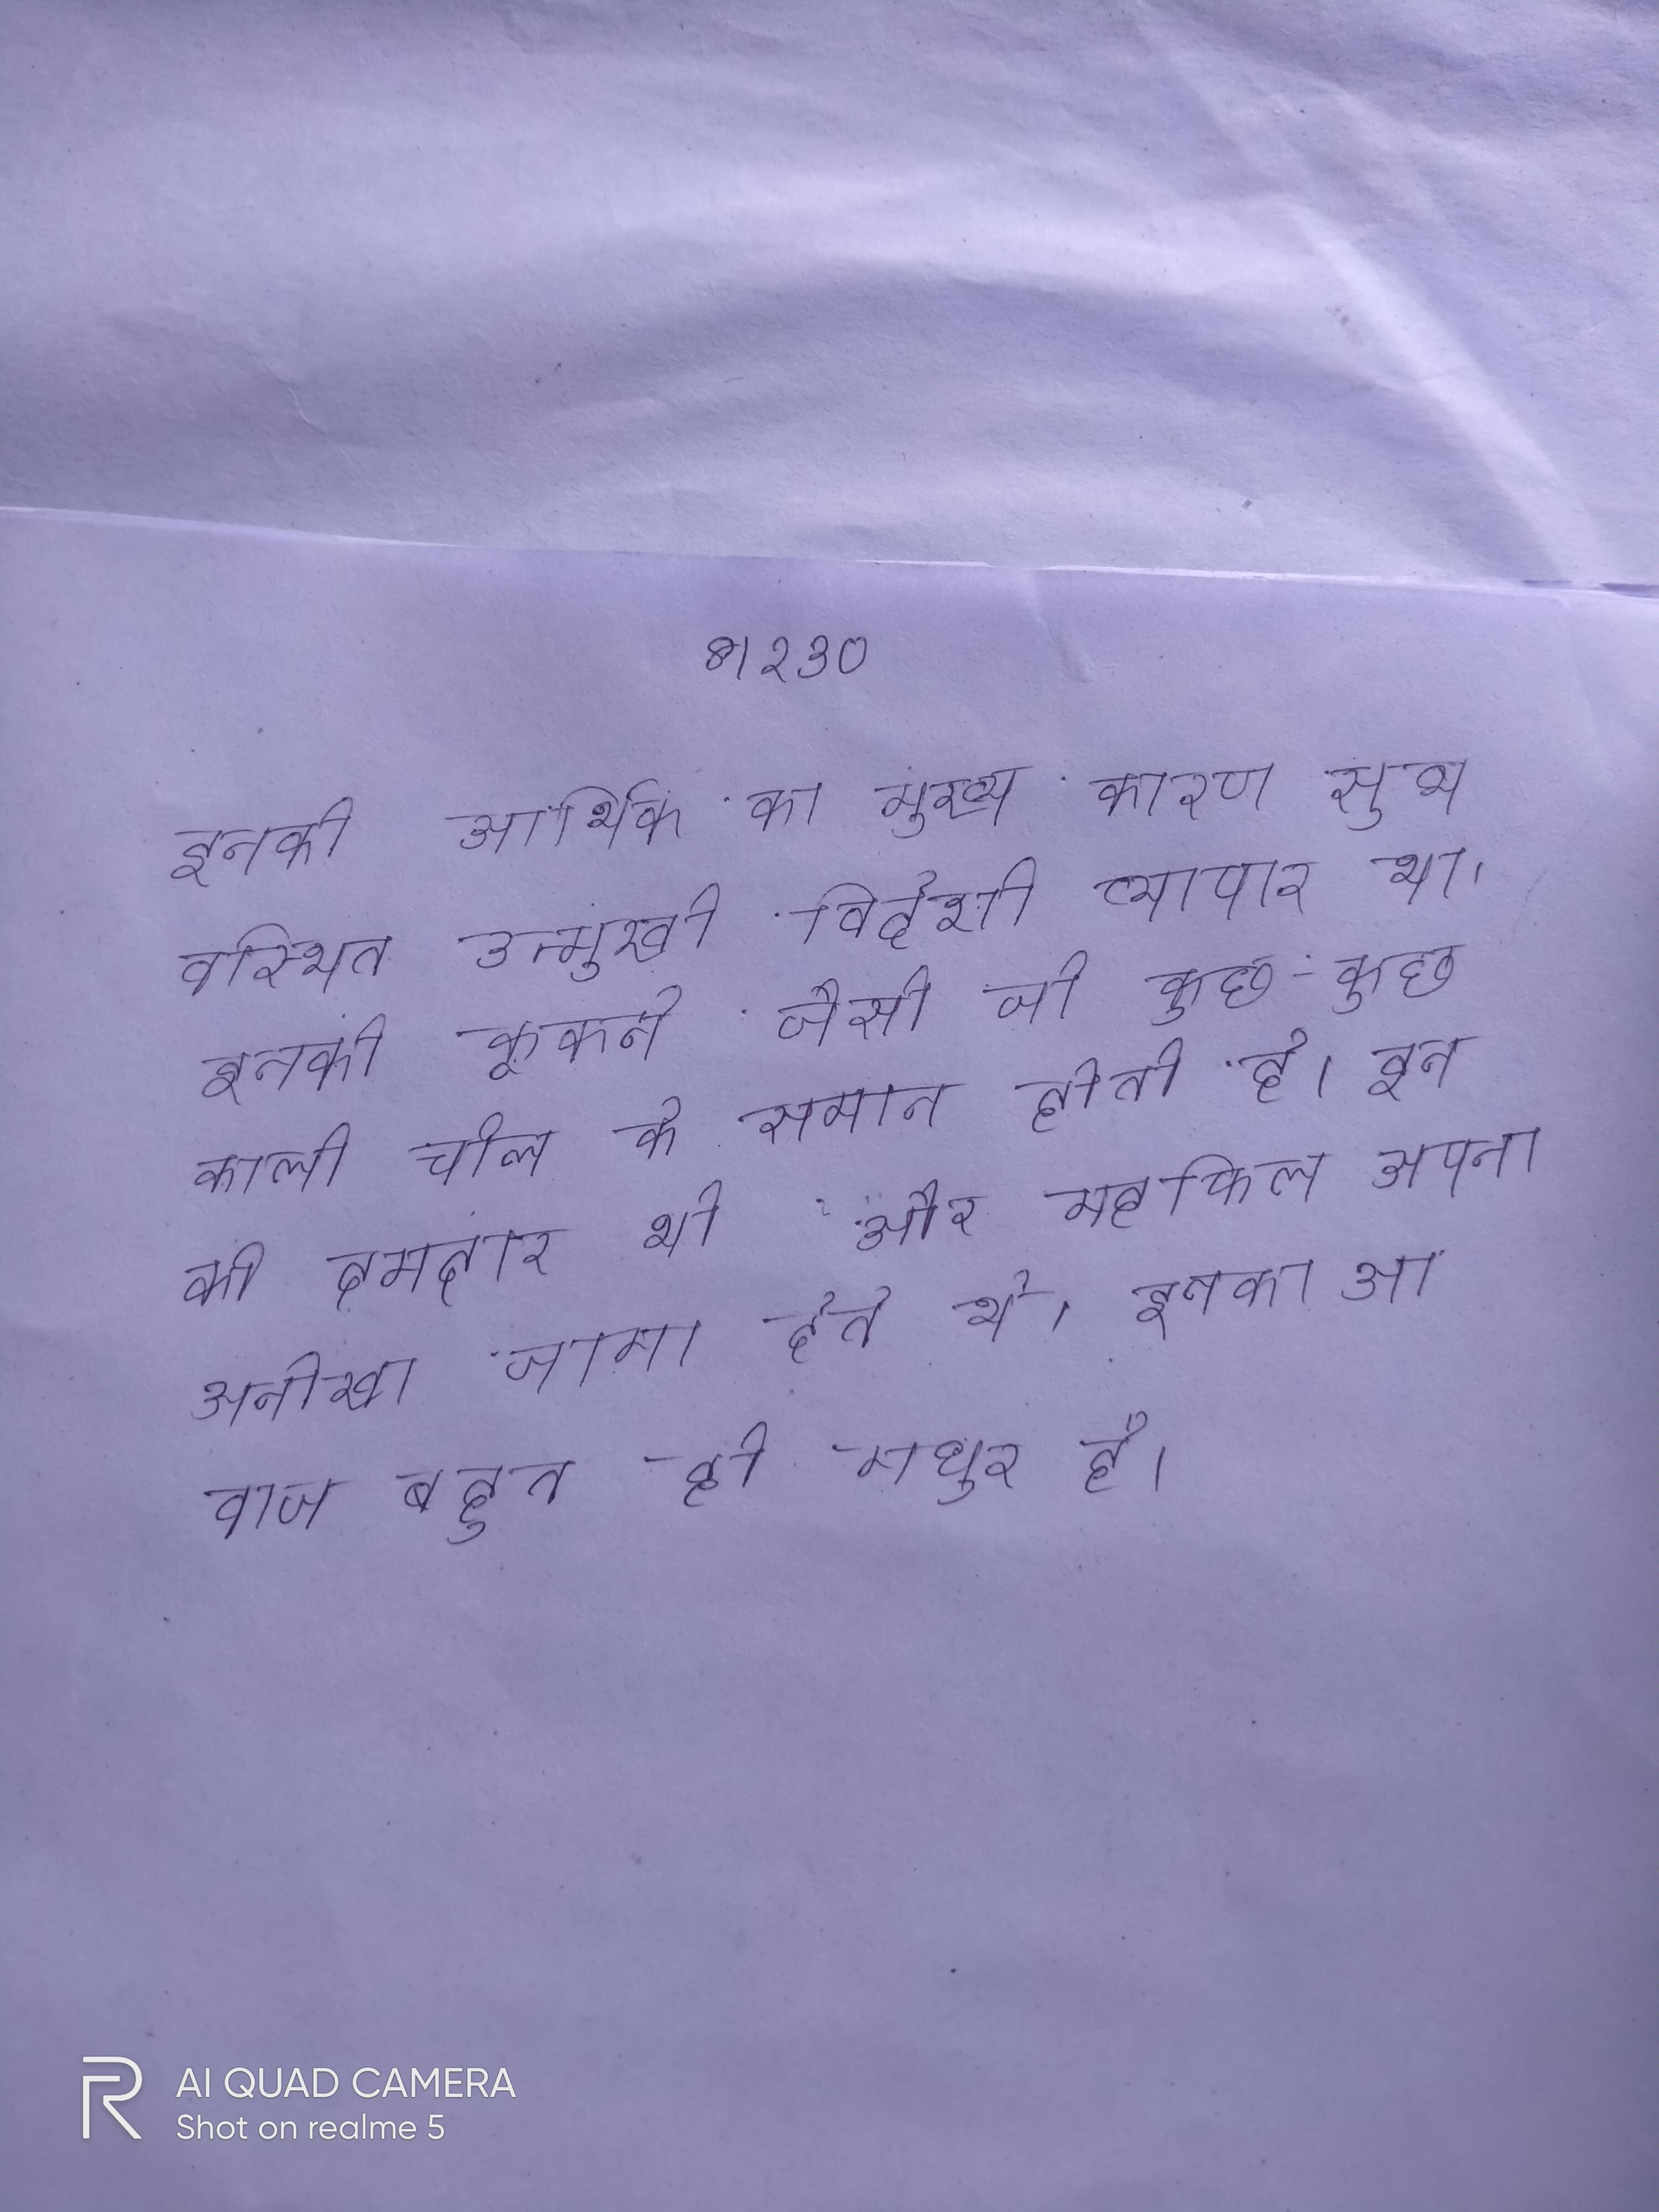
इनकी आर्थिक का मुख्य कारण सुव्यवस्थित उन्मुखी विदेशी व्यापार था । इनकी कूकने जैसी जो कुछ-कुछ काली चील के समान होती है । इनकी दमदार थी और महफिल अपना अनोखा जमा देते थे । इनकी आवाज बहुत ही मधुर है ।